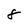
Character: 8